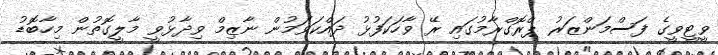
ވީޓީވީގެ ފަސްމަންޒަރު ޕްރޮގްރާމުގައި ރޭ ވާހަކަފުޅު ދައްކަވަމުން ނާޒިމް ވިދާޅުވީ މާލީގޮތުން މިހާބޮޑު